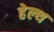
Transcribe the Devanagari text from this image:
हेल्‍थ